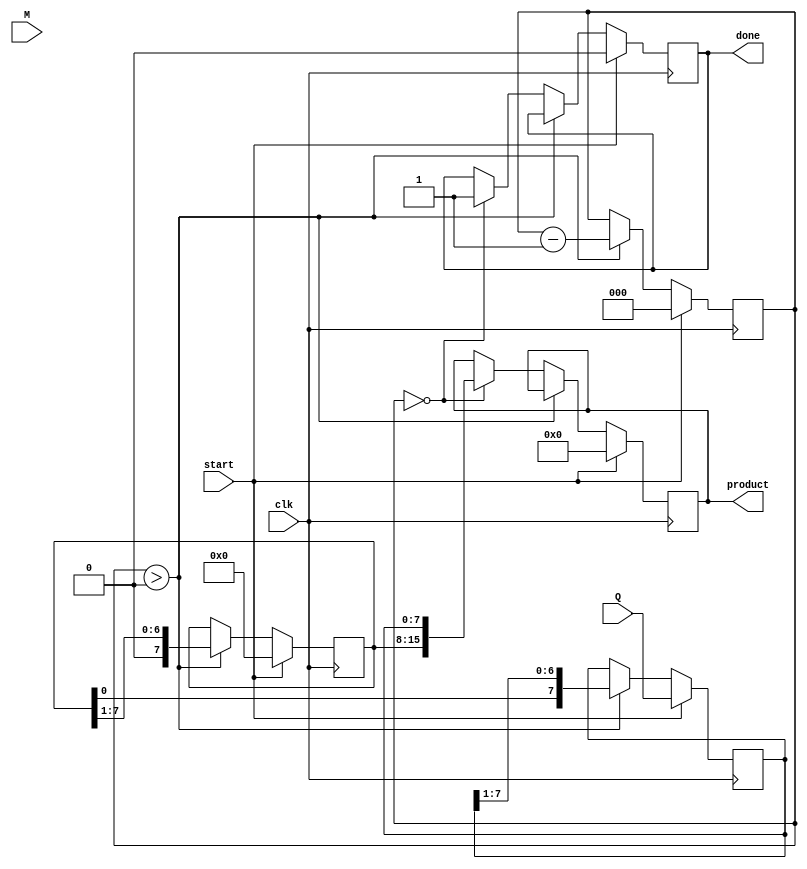
module modified_booth_multiplier #(
    parameter WIDTH = 8 // Bit-width for multiplicand and multiplier
)(
    input signed [WIDTH-1:0] M, // Multiplicand
    input signed [WIDTH-1:0] Q, // Multiplier
    input clk,                  // Clock signal
    input start,                // Start signal for multiplication
    output reg signed [2*WIDTH-1:0] product, // Final product output
    output reg done             // Done signal
);

    reg signed [WIDTH-1:0] A; // Accumulator
    reg signed [WIDTH-1:0] Q_temp; // Temporary register for Q
    reg Q_minus_1; // Previous bit of Q
    reg [2:0] count; // Counter for the number of iterations

    // State machine to control multiplication
    always @(posedge clk) begin
        if (start) begin
            // Initialize
            A <= 0;
            Q_temp <= Q;
            Q_minus_1 <= 0;
            count <= WIDTH; // Number of bits to process
            product <= 0;
            done <= 0;
        end else if (count > 0) begin
            case ({Q_temp[0], Q_minus_1}) // Booth encoding logic
                2'b00: begin
                    // No action
                end
                2'b01: begin
                    // Add M to A
                    A <= A + M;
                end
                2'b10: begin
                    // Subtract M from A
                    A <= A - M;
                end
                2'b11: begin
                    // No action
                end
            endcase

            // Right shift operation
            {A, Q_temp} <= {A, Q_temp} >> 1; // Concatenate A and Q_temp for shifting
            Q_minus_1 <= Q_temp[0]; // Update Q_minus_1
            count <= count - 1; // Decrement counter
        end else if (count == 0) begin
            // Final product is in A and Q_temp
            product <= {A, Q_temp}; // Combine A and Q_temp for final product
            done <= 1; // Signal that multiplication is done
        end
    end
endmodule